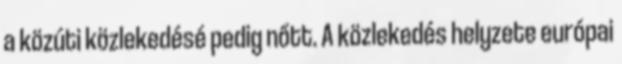
a közúti közlekedésé pedig nőtt. A közlekedés helyzete európai